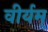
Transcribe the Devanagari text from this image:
वीर्यम्